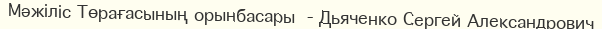
Мәжіліс Төрағасының орынбасары  - Дьяченко Сергей Александрович